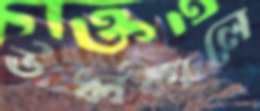
ঊর্ধ্বকালে